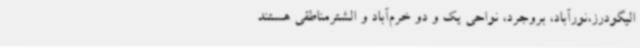
الیگودرز،نورآباد، بروجرد، نواحی یک و دو خرم‌آباد و الشترمناطقی هستند